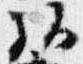
弘